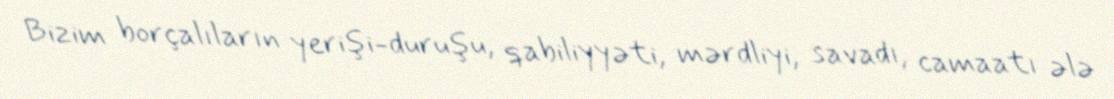
Bizim borçalıların yerişi-duruşu, qabiliyyəti, mərdliyi, savadı, camaatı ələ